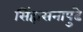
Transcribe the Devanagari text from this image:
सिंहासनापुढे